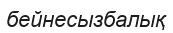
бейнесызбалық